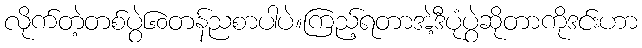
လိုက်တဲ့တစ်ပွဲ၆၀တန်ညစာပါပဲ။ကြည့်ရတာအဲ့ဒီပုံပွဲဆိုတာကိုဒင်းဟာ